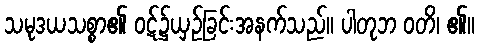
သမုဒယသစ္စာ၏ ဝဋ်၌ယှဉ်ခြင်းအနက်သည်။ ပါတုဘ ဝတိ၊ ၏။